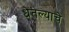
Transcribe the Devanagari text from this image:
धेतल्याचे